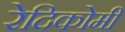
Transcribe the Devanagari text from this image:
रेदिकोमी